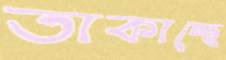
তাকাচ্ছে